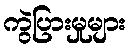
ကွဲပြားမှုများ